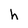
Character: h